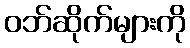
ဝဘ်ဆိုက်များကို